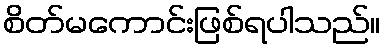
စိတ်မကောင်းဖြစ်ရပါသည်။